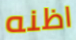
اظنه